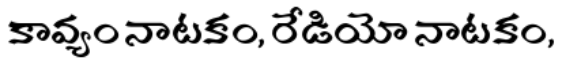
కావ్యం నాటకం, రేడియో నాటకం,